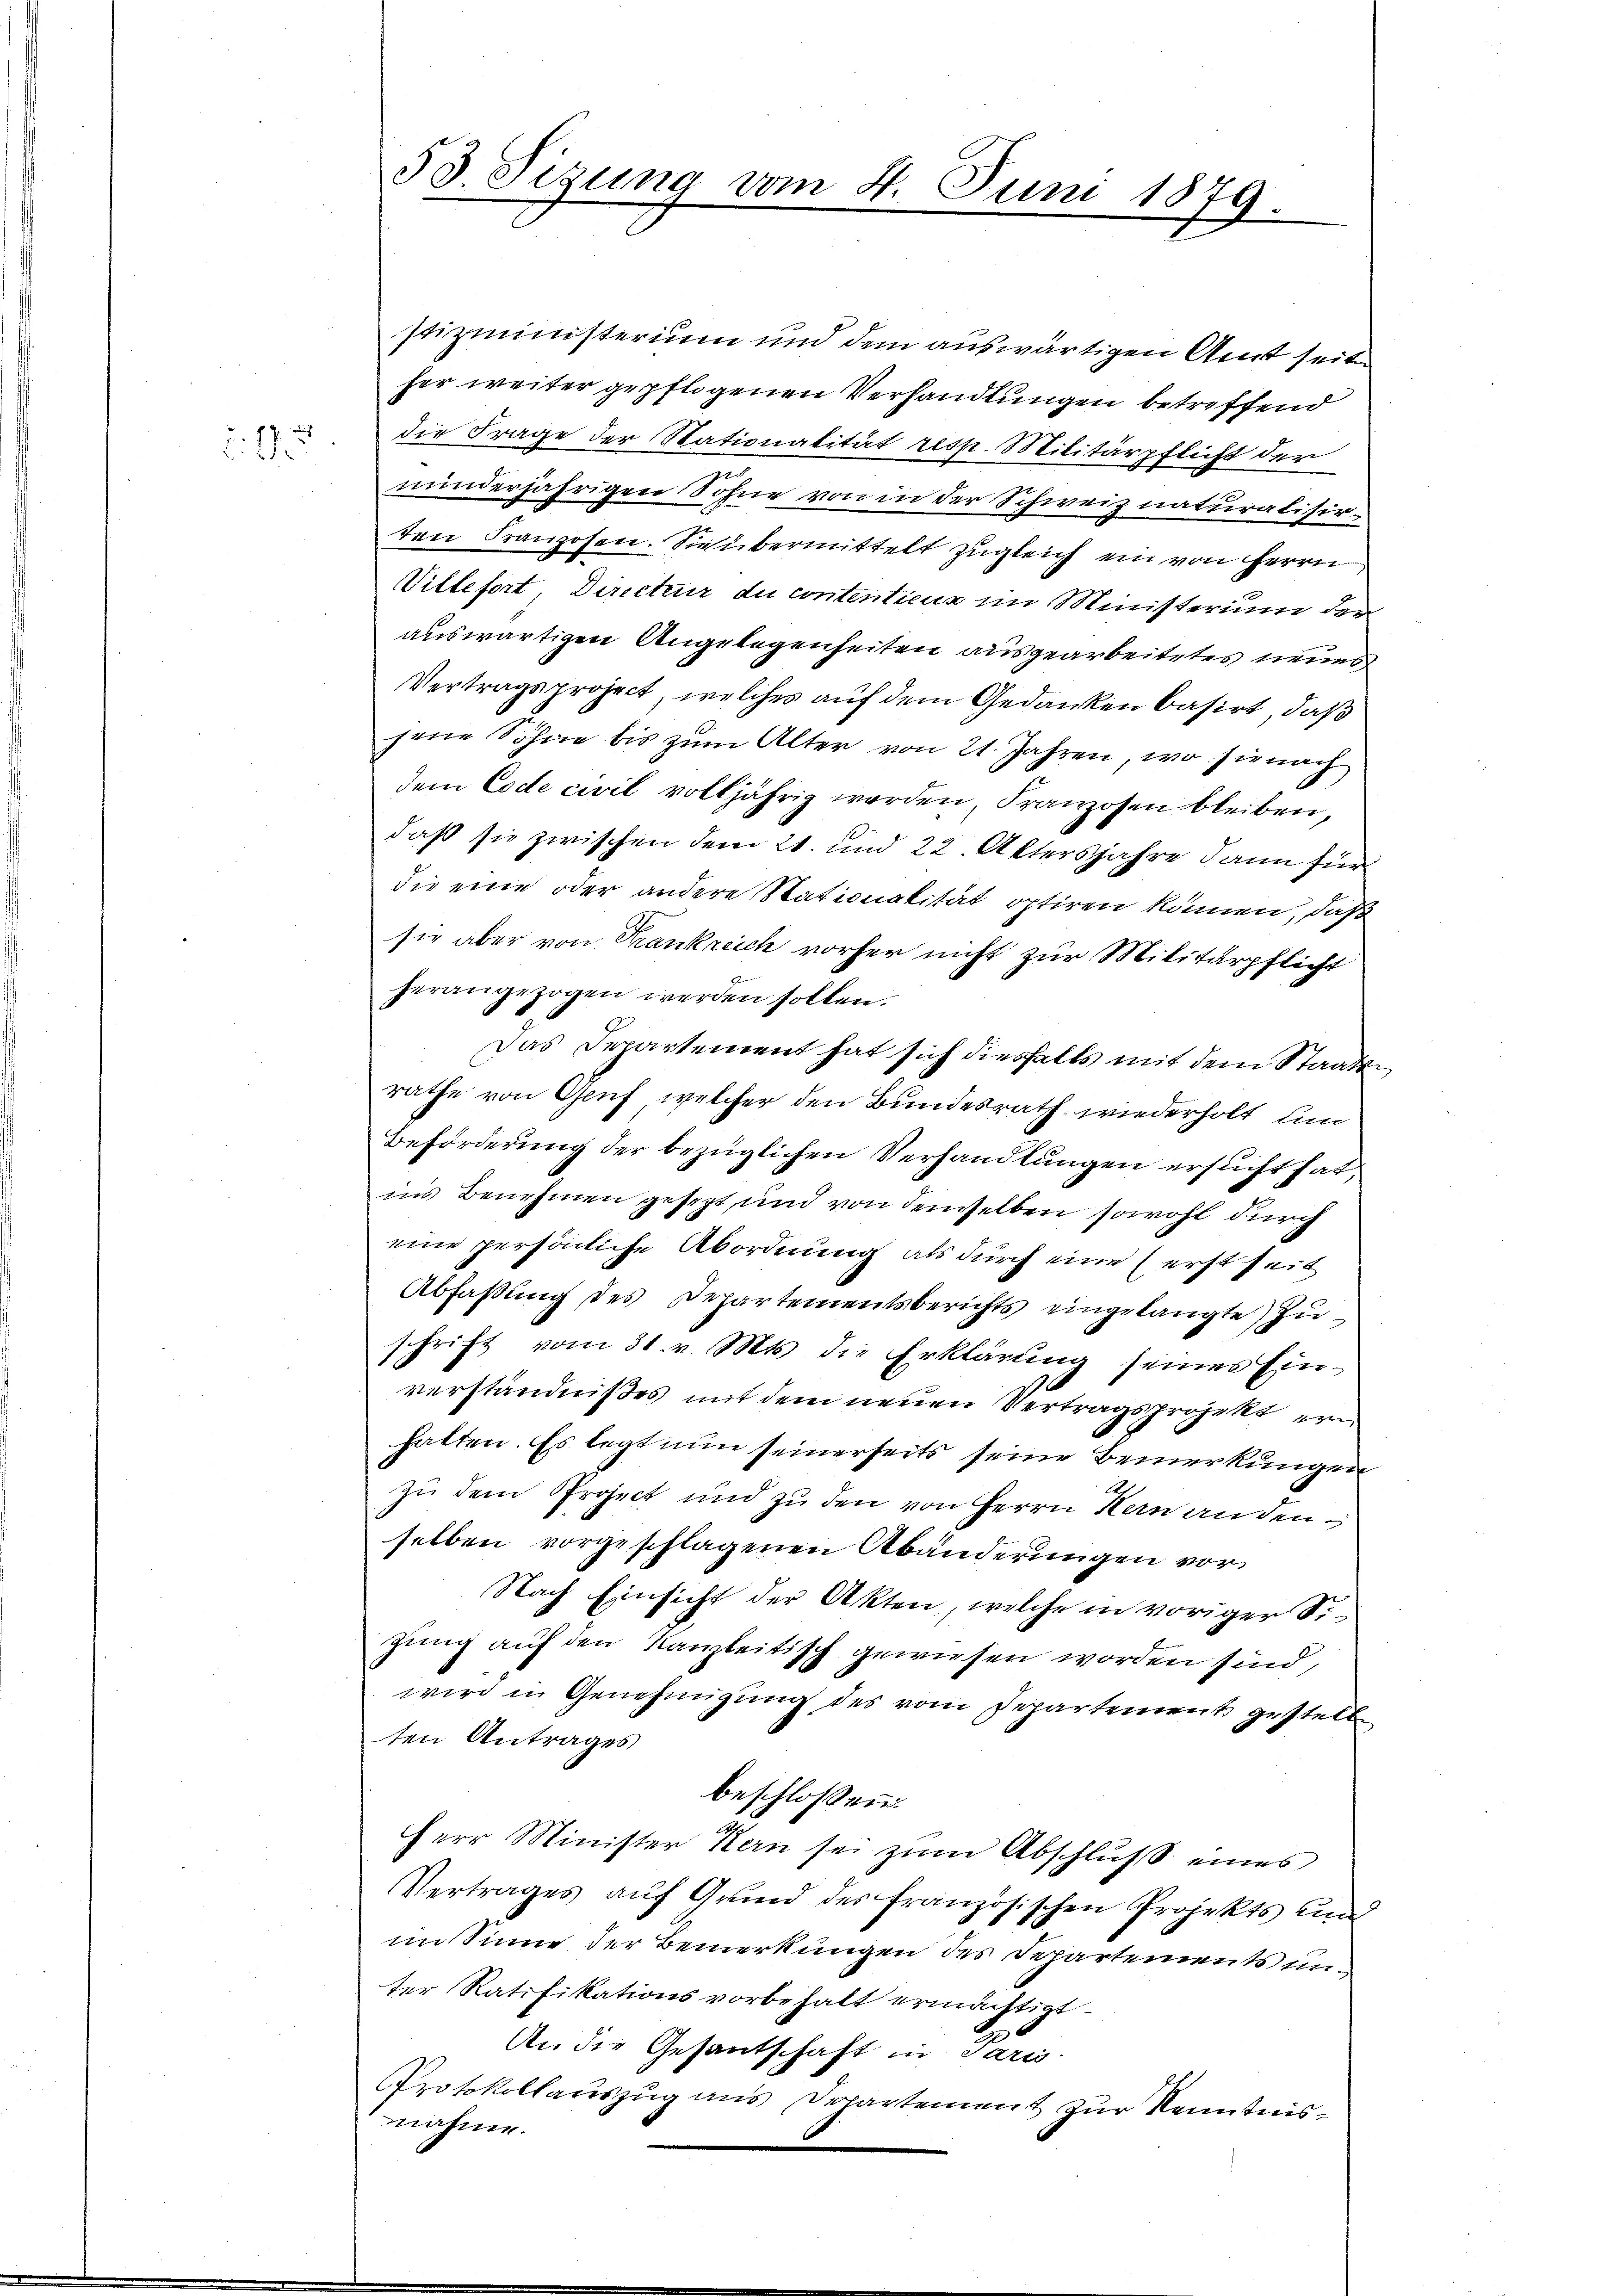
1

53. Sizung vom 4. Juni 1879.

stizministerium und dem auswärtigen Amt seit
her weiter gepflogenen Verhandlungen betreffend
die Frage der Stationalität resp. Militärpflicht der
minderjährigen Sohne von in der Schweiz naturalisirten Franzosen. Sie übermittelt zugleich ein von Herrn
Villefort, Directur du contentiens im Ministerium der
auswärtigen Angelegenheiten ausgearbeitetes neues
Vertragsproject, welches auf dem Gedanken basirt, daß
jene Söhne bis zŭm Alter von 21. Jahren, wo sie nach
dem Code civil volljährig werden, Franzosen bleiben,
daß sie zwischen dem 21. und 22. Aktersjahre dann für
die eine oder andere Stationalität optiren können, daß
sie aber von Krankreich vorher nicht zur Militärpflicht
herangezogen werden sollen.
Das Departement hat sich diesfalls mit dem Staatsrathe von Gruf, welcher den Bundesrath, wiederholt A
Beförderung der bezüglichen Verhandlungen ersucht hat,
in’s Benehmen gesezt, und von demselben sowohl durch
eine persönliche Abordnung als durch eine erst seit
Abfassung des Departementsberichts eingelangte Züschrift vom 31. v. Mts. die Erklärŭng seines Ein-
verständnißes mit dem neuen Vertragsprojekt ein
halten. Es legt nun seinerseits seine Bemerkungen
zu dem Project und zu den von Herrn Kern andenselben vorgeschlagenen Abänderungen vor¬
Nach Einsicht der Akten, welche in voriger Sizung auf den Kanzleitisch gewiesen worden sind,
wird in Genehmigŭng des vom Departement gestelle
ten Antrages
beschlossen:
Herr Minister Kern sei zŭm Abschlŭβ eines
Vertrages auf Grund des französischen Projekts und
im Sinne der Bemerkungen des Departements unter Ratifikationsvorbehalt ermächtigt.
An die Gesantschaft in Paris
Protokollauszug aus Departement zur Kenntnisnahme.